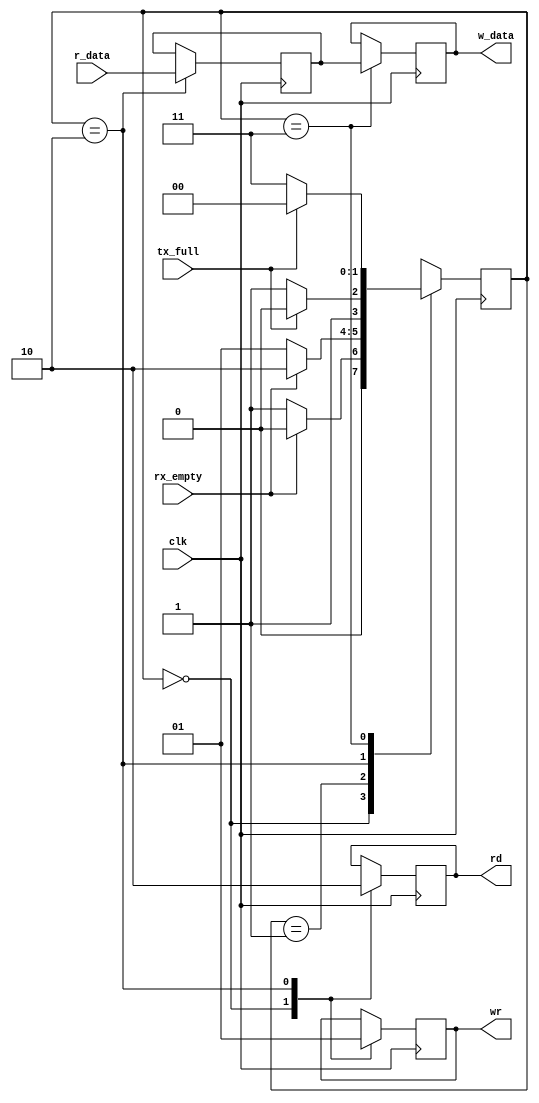
`timescale 1ns / 1ps
//////////////////////////////////////////////////////////////////////////////////
// Company: 
// Engineer: 
// 
// Design Name: 
// Module Name:    test 
// Project Name: 
// Target Devices: 
// Tool versions: 
// Description: 
//
// Dependencies: 
//
// Revision: 
// Revision 0.01 - File Created
// Additional Comments: 
//
//////////////////////////////////////////////////////////////////////////////////
module replicador(
	input wire [7:0]r_data,
	output reg rd,
	input wire rx_empty,
	
	output reg [7:0]w_data,
	output reg wr,
	input wire tx_full,
	
	input wire clk
    );
	 
//Estados
localparam [1:0] ESPERA = 2'b00,
					  PIDE_DATO = 2'b01,
					  PIDE_ENVIO = 2'b10,
					  ENVIAR = 2'b11;
					  
//Variables internas
reg [1:0] current_state = 2'b00;
reg [1:0] next_state = 2'b00;
reg [7:0] buffer = 0;
reg [7:0] counter = 0;

always @(posedge clk)
begin
		current_state <= next_state;
end

		
always @(posedge clk) // always de logica de salida
begin
	case(current_state)
		ESPERA: // estado inicial. Idle
				begin
					wr = 0;
					rd = 1;
				end
		//PIDE_DATO: 
			//	begin
				//end
		PIDE_ENVIO: 
				begin
					buffer = r_data;
					rd = 0;
					
					wr = 1;
				end
		ENVIAR: 
				begin
					w_data = buffer;
				end
	endcase
end//always de logica de salida
	
always @* // logica de cambio de estado
begin
	next_state = ESPERA;
	case(current_state)
		ESPERA:
			begin
				if(rx_empty == 0)
					next_state = PIDE_DATO;
				else
					next_state = ESPERA;
			end
		PIDE_DATO:
			begin	
					//No funcionaria con mas de un stack
					if(rx_empty == 0)
					begin
						next_state = PIDE_DATO;	
					end
					else
					begin
						next_state = PIDE_ENVIO;
					end
			end
		PIDE_ENVIO:
			begin
				if (tx_full == 0)
					next_state = ENVIAR;
				else
					next_state = PIDE_ENVIO;
			end
		ENVIAR:
			begin
				//No  funciona con mas de un stack.
				if(tx_full == 0)
					next_state = ENVIAR;
				else
					next_state = ESPERA;
			end
	endcase
end //always de logica cambio de estado
	


endmodule